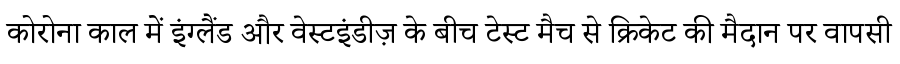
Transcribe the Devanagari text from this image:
कोरोना काल में इंग्लैंड और वेस्टइंडीज़ के बीच टेस्ट मैच से क्रिकेट की मैदान पर वापसी